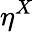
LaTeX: \eta^{X}